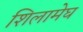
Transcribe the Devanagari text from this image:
शिलामेघ